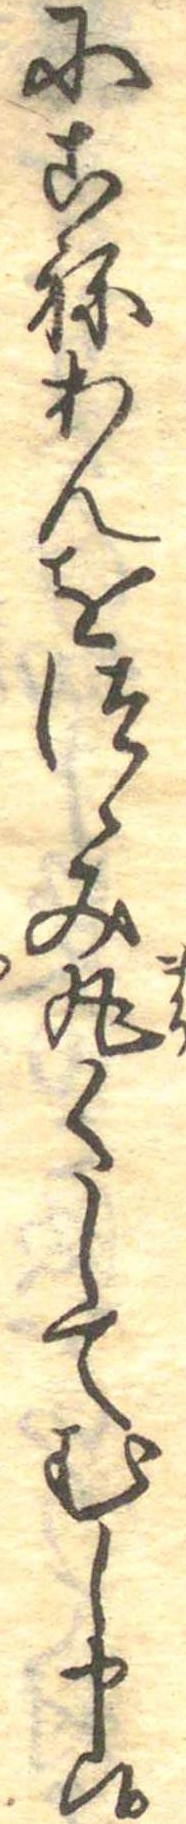
にこねあんをつゝみ丸くしてむし申候